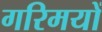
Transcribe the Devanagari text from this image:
गरिमयों